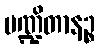
ပဏ္ဍိတာနဉ္စ